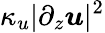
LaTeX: \kappa_{u}|\partial_{z}\boldsymbol u|^{2}